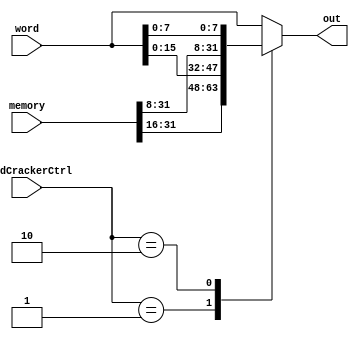
module WordCracker(
  input wire [31:0] word, // o que vem de B
  input wire [31:0] memory,
  input wire [1:0] WordCrackerCtrl,
  output reg [31:0] out
);

  always @ (*) begin
    case (WordCrackerCtrl)
       2'b00: out = word; 
       2'b01: out = {memory[31:16],word[15:0]};
       2'b10: out = {memory[31:8],word[7:0]};
       default: out = word;
    endcase
  end

endmodule